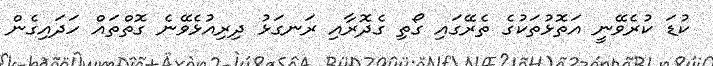
ކުޑަ ކުރެވޭނީ އަތޮޅުތަކުގެ ތެރޭގައި ގޯތި ގެދޮރާއި ރަނގަޅު ދިރިއުޅެވޭނެ ގޮތްތައް ހަދައިގެން